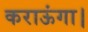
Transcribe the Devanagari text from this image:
कराऊंगा।